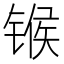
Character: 𬭤